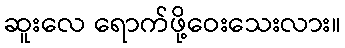
ဆူးလေ ရောက်ဖို့ဝေးသေးလား။